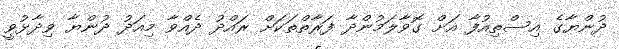
ދުންޔާގެ އިސްތިއުފާ އަށް ގޮވާލަމުންދާ ފަރާތްތަކަށް ރައްދު ދެއްވާ މިއަދު ދުންޔާ ވިދާޅުވީ